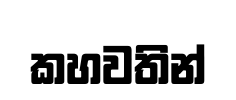
කහවතින්